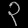
Digit: ၃